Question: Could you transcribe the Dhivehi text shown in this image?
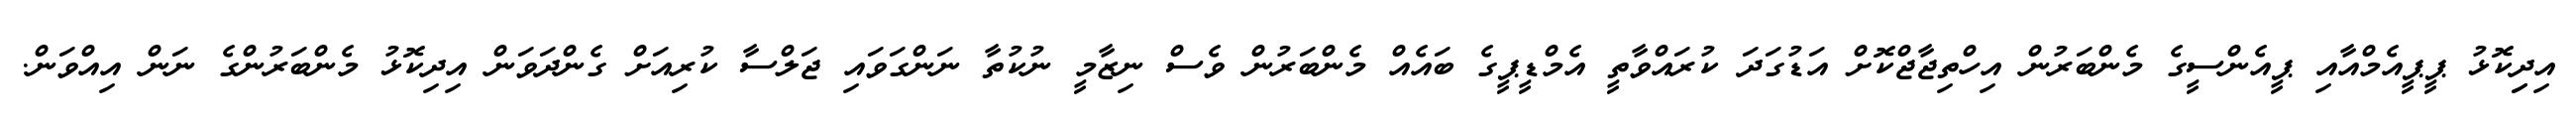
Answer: އިދިިކޮޅު ޕީޕީއެމްއާއި ޕީއެންސީގެ މެންބަރުން އިހްތިޖާޖްކޮށް އަޑުގަދަ ކުރައްވާތީ އެމްޑީޕީގެ ބައެއް މެންބަރުން ވެސް ނިޒާމީ ނުކުތާ ނަންގަވައި ޖަލްސާ ކުރިއަށް ގެންދަވަން އިދިކޮޅު މެންބަރުންގެ ނަން އިއްވަން.